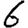
Digit: 6